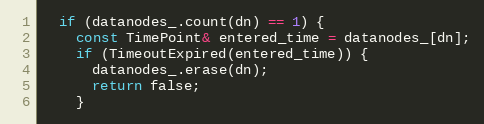
Language: C++
  if (datanodes_.count(dn) == 1) {
    const TimePoint& entered_time = datanodes_[dn];
    if (TimeoutExpired(entered_time)) {
      datanodes_.erase(dn);
      return false;
    }